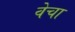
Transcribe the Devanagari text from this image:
वेचा